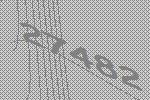
27482